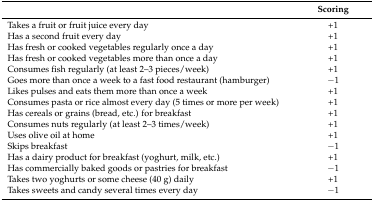
<table><thead><tr><td>[EMPTY_CELL]</td><td><b>Scoring</b></td></tr></thead><tbody><tr><td>Takes a fruit or fruit juice every day</td><td>+1</td></tr><tr><td>Has a second fruit every day</td><td>+1</td></tr><tr><td>Has fresh or cooked vegetables regularly once a day</td><td>+1</td></tr><tr><td>Has fresh or cooked vegetables more than once a day</td><td>+1</td></tr><tr><td>Consumes fish regularly (at least 2–3 pieces/week)</td><td>+1</td></tr><tr><td>Goes more than once a week to a fast food restaurant (hamburger)</td><td>−1</td></tr><tr><td>Likes pulses and eats them more than once a week</td><td>+1</td></tr><tr><td>Consumes pasta or rice almost every day (5 times or more per week)</td><td>+1</td></tr><tr><td>Has cereals or grains (bread, etc.) for breakfast</td><td>+1</td></tr><tr><td>Consumes nuts regularly (at least 2–3 times/week)</td><td>+1</td></tr><tr><td>Uses olive oil at home</td><td>+1</td></tr><tr><td>Skips breakfast</td><td>−1</td></tr><tr><td>Has a dairy product for breakfast (yoghurt, milk, etc.)</td><td>+1</td></tr><tr><td>Has commercially baked goods or pastries for breakfast</td><td>−1</td></tr><tr><td>Takes two yoghurts or some cheese (40 g) daily</td><td>+1</td></tr><tr><td>Takes sweets and candy several times every day</td><td>−1</td></tr></tbody></table>